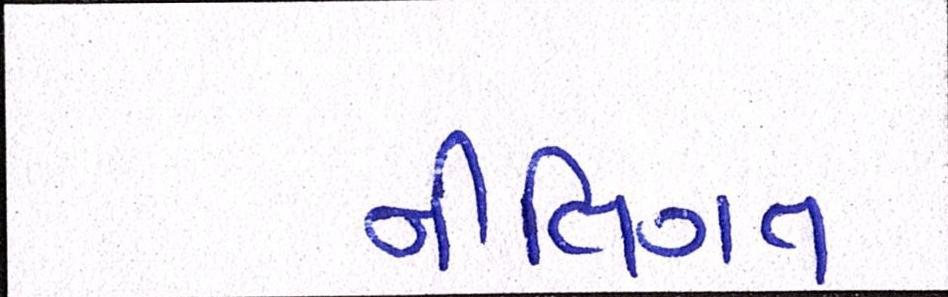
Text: નીતિગત